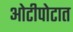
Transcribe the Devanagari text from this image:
ओटीपोटात